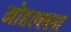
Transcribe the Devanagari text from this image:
मोहल्ल्ला